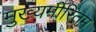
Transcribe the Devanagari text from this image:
मुख्यमीरितम